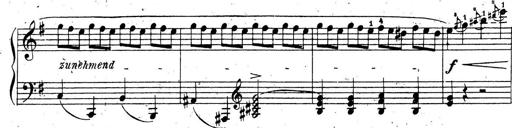
Title: 10 Sonatinas
Composer: Fritz Spindler